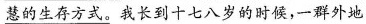
\underline{慧的生存方式。}我长到十七八岁的时候，一群外地